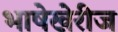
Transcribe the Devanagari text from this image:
भाषेखेरीज